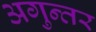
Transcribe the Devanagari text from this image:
अगुन्तर